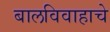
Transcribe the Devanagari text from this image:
बालविवाहाचे